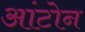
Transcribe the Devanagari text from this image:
आंटोन